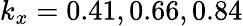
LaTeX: k_{x}=0.41,0.66,0.84